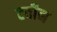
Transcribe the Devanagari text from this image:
टवीन